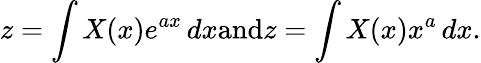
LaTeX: z=\int X(x)e^{ax}\, dx{\mathrm{and}}z=\int X(x)x^{a}\, dx.